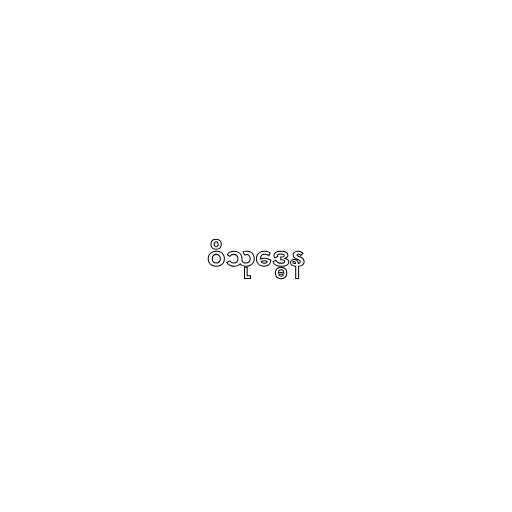
ဝိသုဒ္ဓေန